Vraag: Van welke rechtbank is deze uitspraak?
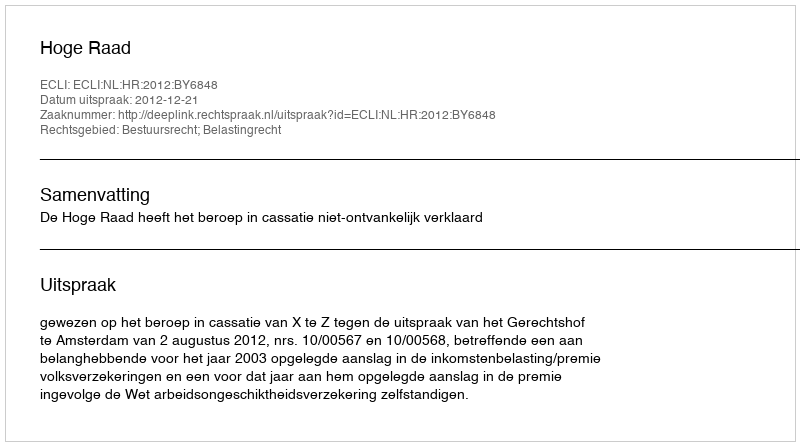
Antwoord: Hoge Raad